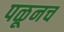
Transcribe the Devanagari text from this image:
पळूनच